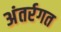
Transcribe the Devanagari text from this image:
अंतर्रगत